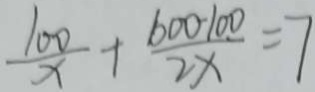
\frac { 1 0 0 } { x } + \frac { 6 0 0 - 1 0 0 } { 2 x } = 7